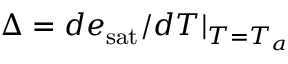
\Delta = d e _ { \mathrm { s a t } } / d T | _ { T = T _ { a } }